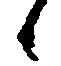
候